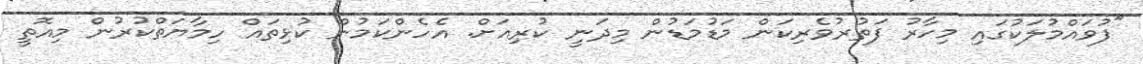
"ފުވައްމުލަކުގައި މިހާރު ފަތުރުވެރިކަން މަޑުމަޑުން މިދަނީ ކުރިއަށް. އެހެންކަމުން ކުޅިތައް ހިމާޔަތްކުރުން މިއޮތީ